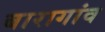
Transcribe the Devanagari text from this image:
बारागांव